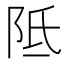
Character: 阺